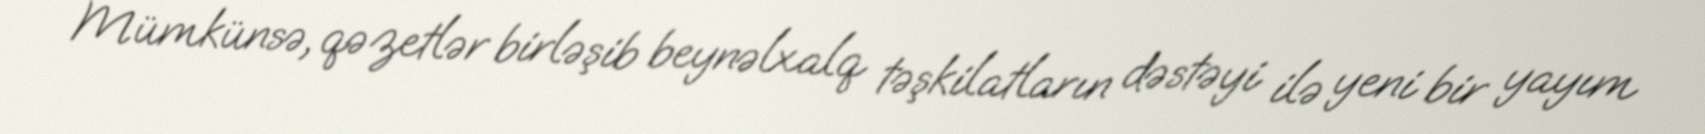
Mümkünsə, qəzetlər birləşib beynəlxalq təşkilatların dəstəyi ilə yeni bir yayım